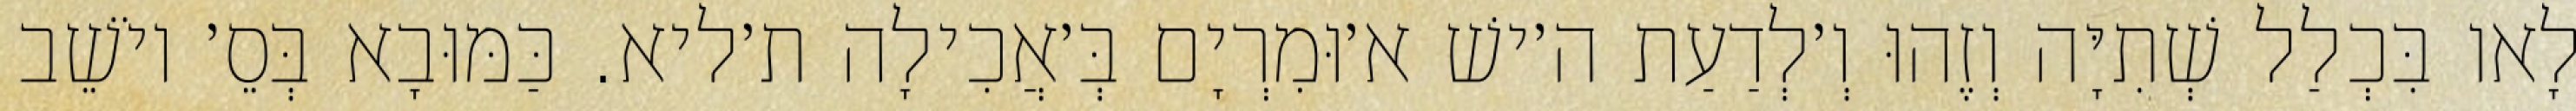
לָאו בִּכְלַל שְׁתִיָּה וְזֶהוּ וְ׳לְדַעַת ה׳ישׁ א׳וּמִרְיָם בְּ׳אֲכִילָה ת׳ליא. כַּמּוּבָא בְּסֵ׳ יוֹשֵׁב